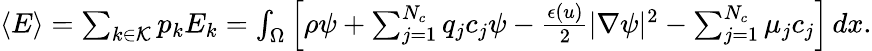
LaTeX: \begin{array}{r}{\langle E\rangle=\sum_{k\in\mathcal K}p_{k}E_{k}=\int_{\Omega}\left[\rho\psi+\sum_{j=1}^{N_{c}}q_{j}c_{j}\psi-\frac{\epsilon(u)}{2}|\nabla\psi|^{2}-\sum_{j=1}^{N_{c}}\mu_{j}c_{j}\right]\, dx.}\end{array}